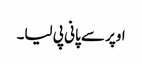
اوپر سے پانی پی لیا۔